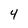
Character: 4